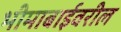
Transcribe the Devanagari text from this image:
भीमाबाईवरील